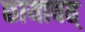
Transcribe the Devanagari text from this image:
छायावत्‌